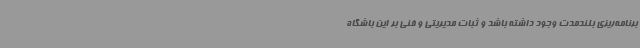
برنامه‌ریزی بلندمدت وجود داشته باشد و ثبات مدیریتی و فنی بر این باشگاه